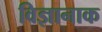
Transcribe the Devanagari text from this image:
विज्ञानाक